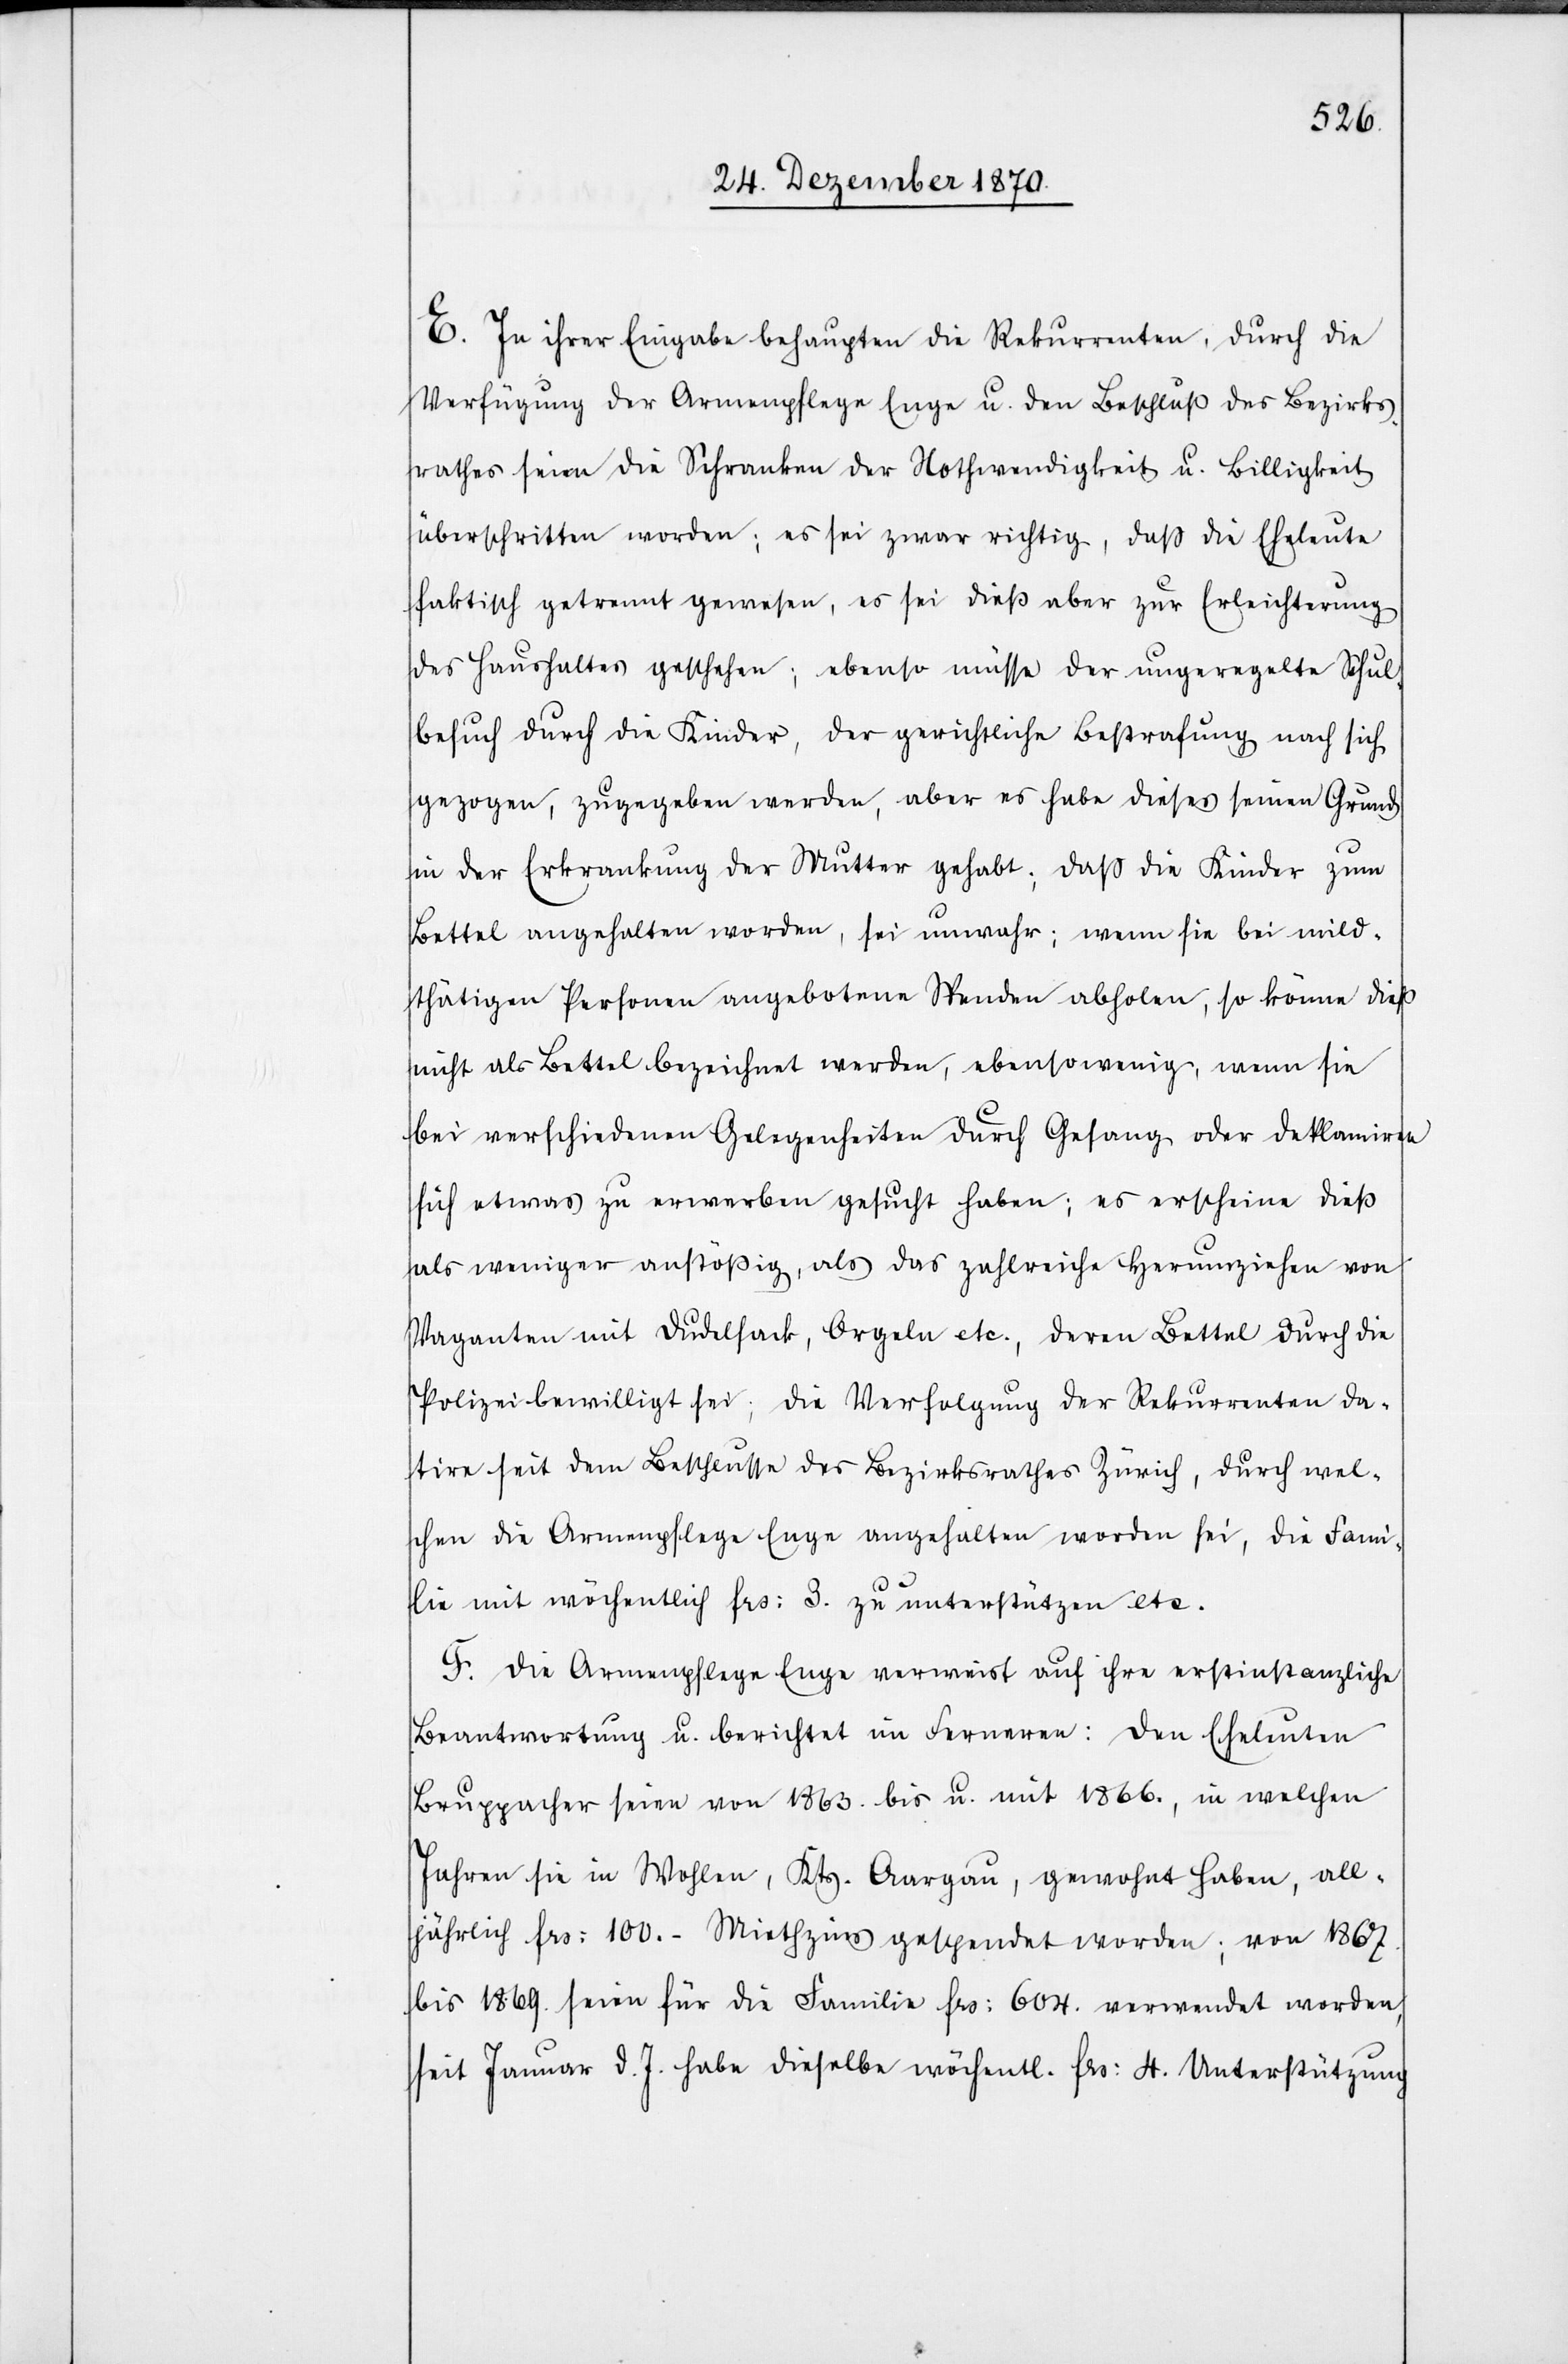
E. In ihrer Eingabe behaupten die Rekurrenten, durch die
Verfügung der Armenpflege Enge u. den Beschluß des Bezirks¬
rathes seien die Schranken der Nothwendigkeit u. Billigkeit
überschritten worden; es sei zwar richtig, daß die Eheleute
faktisch getrennt gewesen, es sei dieß aber zur Erleichterung
des Haushaltes geschehen; ebenso müsse der ungeregelte Schul¬
besuch durch die Kinder, der gerichtliche Bestrafung nach sich
gezogen, zugegeben werden, aber es habe dieses seinen Grund
in der Erkrankung der Mutter gehabt; daß die Kinder zum
Bettel angehalten worden, sei unwahr; wenn sie bei mild¬
thätigen Personen angebotene Spenden abholen, so könne dieß
nicht als Bettel bezeichnet werden, ebenso wenig, wenn sie
bei verschiedenen Gelegenheiten durch Gesang oder Deklamiren
sich etwas zu erwerben gesucht haben; es erscheine dieß
als weniger anstößig, als das zahlreiche Herumziehen von
Vaganten mit Dudelsack, Orgeln etc., deren Bettel durch die
Polizei bewilligt sei; die Verfolgung der Rekurrenten da¬
tire seit dem Beschlusse des Bezirksrathes Zürich, durch wel¬
chen die Armenpflege Enge angehalten worden sei, die Fami¬
lie mit wöchentlich Frs: 3. zu unterstützen etc.
F. Die Armenpflege Enge verweist auf ihre erstinstanzliche
Beantwortung u. berichtet im Ferneren: Den Eheleuten
Bruppacher seien von 1863. bis u. mit 1866., in welchen
Jahren sie in Wohlen, Kts. Aargau, gewohnt haben, all¬
jährlich Frs: 100.- Miethzins gespendet worden; von 1867.
bis 1869. seien für die Familie Frs: 604. verwendet worden,
seit Januar d. J. habe dieselbe wöchentl. Frs: 4. Unterstützung